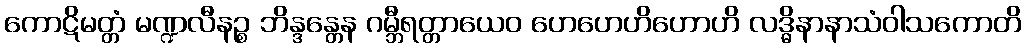
ကောဋိမတ္တံ မဏ္ဍလီနဉ္စ ဘိန္ဒန္တေန ဂမ္ဘီရတ္တာယေဝ ဟေဟေဟိဟောဟိ လဒ္ဓိနာနာသံဝါသကောတိ